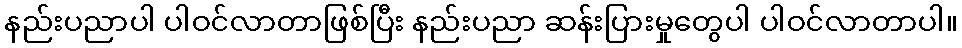
နည်းပညာပါ ပါဝင်လာတာဖြစ်ပြီး နည်းပညာ ဆန်းပြားမှုတွေပါ ပါဝင်လာတာပါ။